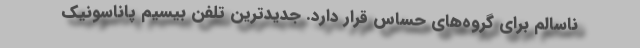
ناسالم برای گروه‌های حساس قرار دارد. جدیدترین تلفن بیسیم پاناسونیک